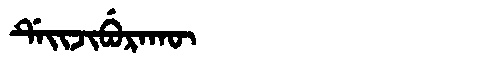
Manchu: ᡩᡝᡳᠵᡳᠪᡠᡵᠠᡴᡡ
Romanization: DEIJIBURAKŪ